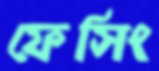
ফেসিং